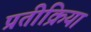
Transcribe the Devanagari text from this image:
प्रतीक्रिया